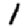
Digit: 1